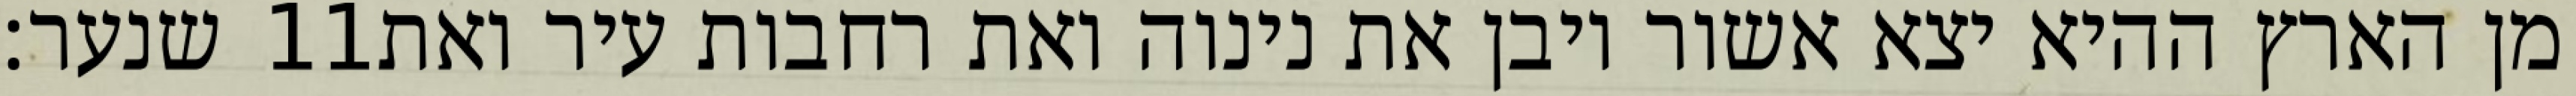
שנער׃ ‎11‏ מן הארץ ההיא יצא אשור ויבן את נינוה ואת רחבות עיר ואת